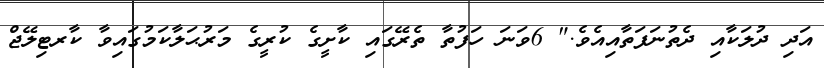
އަދި ދުލަކާއި ދެތުނަފަތާއިއެވެ." 6ވަނަ ހަފުތާ ތެރޭގައި ކާށީގެ ކުރީގެ މަރުޙަލާކަމުގައިވާ ކާރޓިލޭޖް